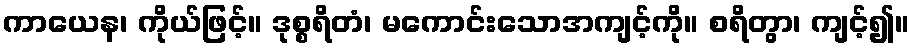
ကာယေန၊ ကိုယ်ဖြင့်။ ဒုစ္စရိတံ၊ မကောင်းသောအကျင့်ကို။ စရိတွာ၊ ကျင့်၍။